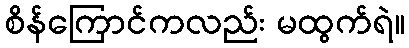
စိန်ကြောင်ကလည်း မထွက်ရဲ။